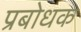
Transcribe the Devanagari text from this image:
प्रबोधक